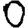
Digit: 0